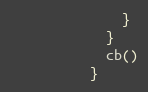
Language: JavaScript
              }
            }
            cb()
          }